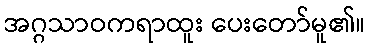
အဂ္ဂသာဝကရာထူး ပေးတော်မူ၏။